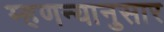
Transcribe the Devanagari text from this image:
म्हणन्यानुसार